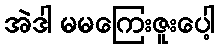
အဲဒါ မမကြေးဇူးပေါ့